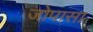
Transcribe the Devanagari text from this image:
जोपासा